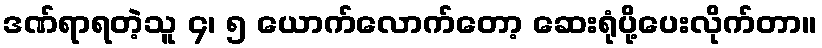
ဒဏ်ရာရတဲ့သူ ၄၊ ၅ ယောက်လောက်တော့ ဆေးရုံပို့ပေးလိုက်တာ။